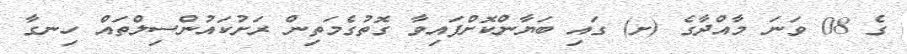
ގެ 08 ވަނަ މާއްދާގެ (ށ) ގައި ބަޔާންކޮށްފައިވާ ގޮތުގެމަތިން ރަށުކައުންސިލްތައް ހިނގާ